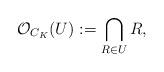
LaTeX: \begin{align*}\mathcal{O}_{C_K}(U):= \bigcap_{R \in U} R, \end{align*}